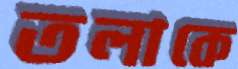
তলাকে